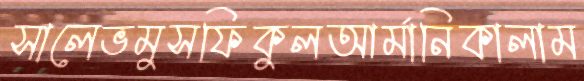
সালেভমুসফিকুলআর্মানিকালাম